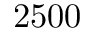
2 5 0 0